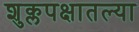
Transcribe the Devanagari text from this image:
शुक्लपक्षातल्या